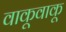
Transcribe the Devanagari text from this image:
वाकूवाकू